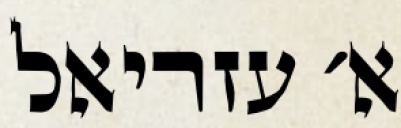
א׳ עזריאל